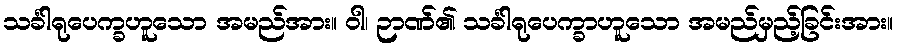
သင်္ခါရုပေက္ခဟူသော အမည်အား။ ဝါ၊ ဉာဏ်၏ သင်္ခါရုပေက္ခာဟူသော အမည်မှည့်ခြင်းအား။